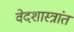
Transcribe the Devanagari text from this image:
वेदशास्त्रांत